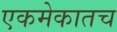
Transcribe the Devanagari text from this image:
एकमेकातच